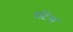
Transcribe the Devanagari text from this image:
पटिंयां